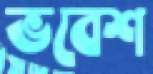
ভবেশ